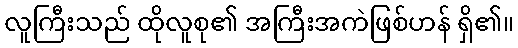
လူကြီးသည် ထိုလူစု၏ အကြီးအကဲဖြစ်ဟန် ရှိ၏။